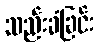
သည်းခံခြင်း